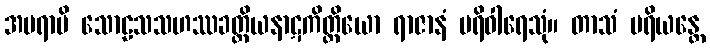
အပရာပိ သောဠသသဟဿခတ္တိယနာဋကိတ္ထိယော ရာဇာနံ ပရိဝါရေသုံ။ တာသံ ပရိယန္တေ